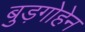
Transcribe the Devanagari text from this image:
बुड़गोहेन